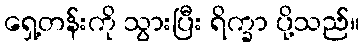
ရှေ့တန်းကို သွားပြီး ရိက္ခာ ပို့သည်။